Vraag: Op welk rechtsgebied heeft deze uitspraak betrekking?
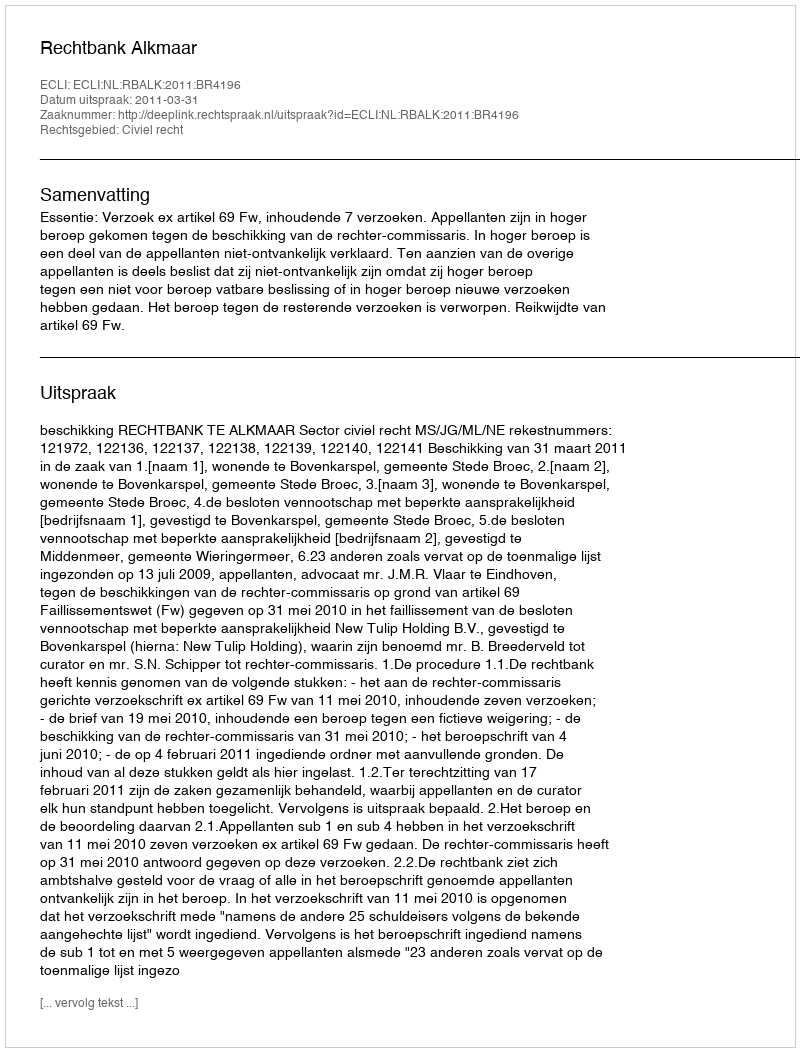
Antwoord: Civiel recht